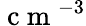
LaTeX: \mathrm{~c~m~}^{-3}